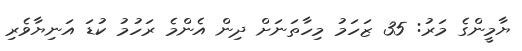
ޔާމީންގެ މަރު: 35 ޒަހަމު މިހާތަނަށް ދިން އެންމެ ރަހުމު ކުޑަ އަނިޔާވެރި